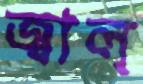
জ্বাল্‌